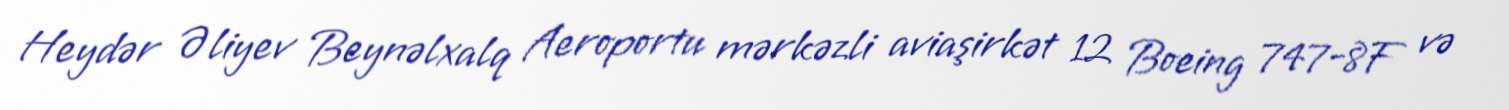
Heydər Əliyev Beynəlxalq Aeroportu mərkəzli aviaşirkət 12 Boeing 747-8F və